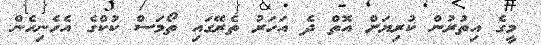
މީގެ އިތުރުން ކުރިޔަށް އޮތް ދެ އަހަރު ތެރޭގައި ތޯމަސް ކުކްގެ އެހެނިހެން